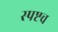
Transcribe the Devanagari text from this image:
स्पष्टच